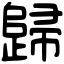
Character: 歸